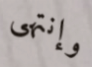
وإنتهى